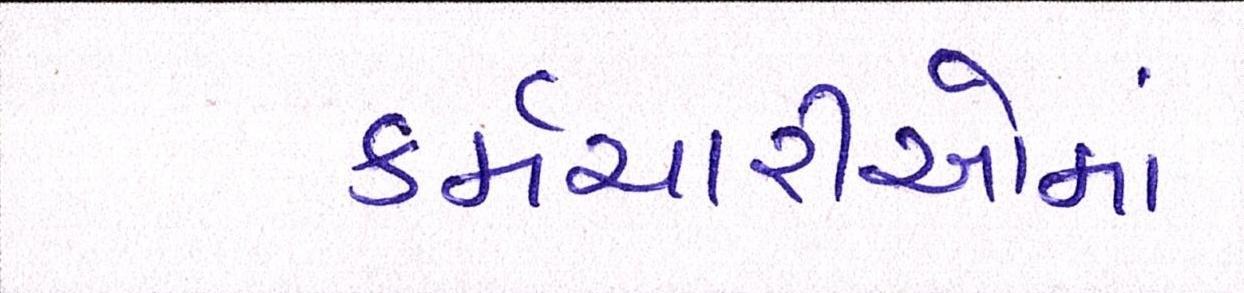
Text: કર્મચારીઓમાં